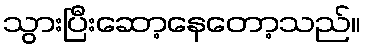
သွားပြီးဆော့နေတော့သည်။